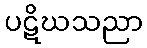
ပဋိဃသညာ